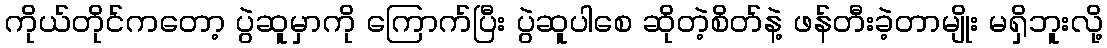
ကိုယ်တိုင်ကတော့ ပွဲဆူမှာကို ကြောက်ပြီး ပွဲဆူပါစေ ဆိုတဲ့စိတ်နဲ့ ဖန်တီးခဲ့တာမျိုး မရှိဘူးလို့